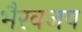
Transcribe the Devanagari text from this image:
भैरवजप